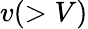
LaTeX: v(>V)